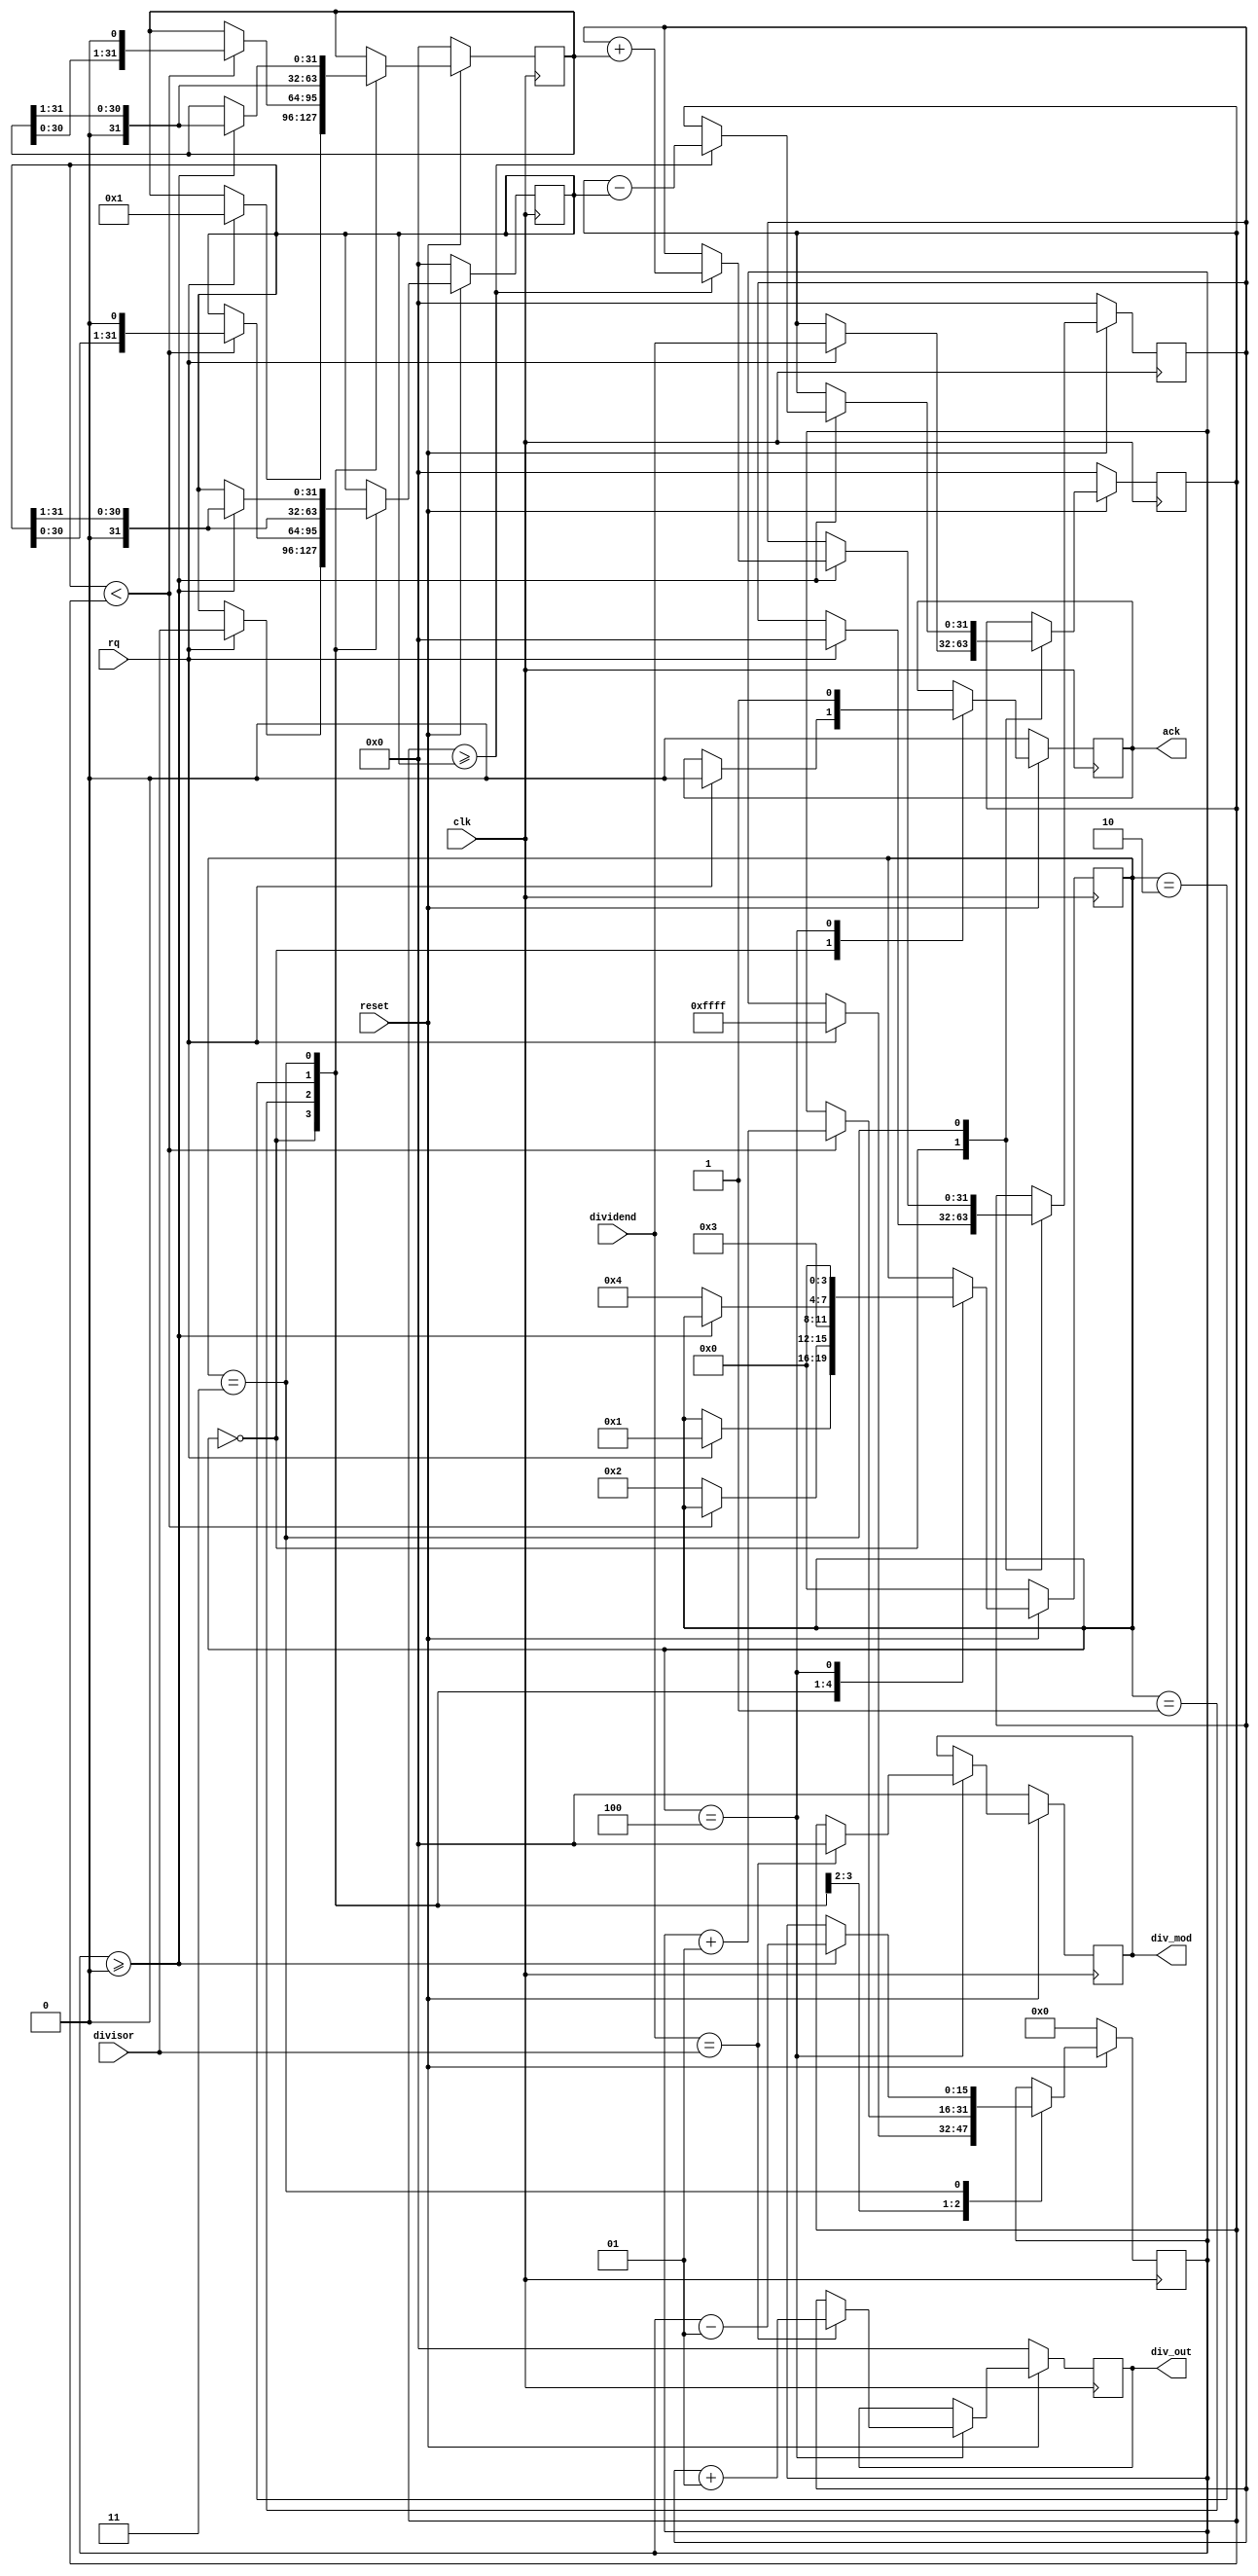
module idivmodhw(input clk,
                 input         reset,

                 input         rq,
                 
                 input [31:0]  dividend,
                 input [31:0]  divisor,

                 output [31:0] div_out,
                 output [31:0] div_mod,
                 output        ack);
   
   reg [31:0]                  div_mod;
   reg [31:0]                  div_out;
   reg                         ack;


   reg signed [31:0]           ndividend;
   reg signed [31:0]           ndivisor;
   reg signed [31:0]           nq;
   
   reg signed [31:0]           nbit;
   reg signed [15:0]           np;

   reg [3:0]                   state;
   
   parameter S_IDLE = 0;
   parameter S_LOOP0 = 1;
   parameter S_POSTLOOP0 = 2;
   parameter S_LOOP1 = 3;
   parameter S_POSTLOOP1 = 4;
   
   always @(posedge clk)
     if(!reset) begin
        ack <= 0;
        div_out <= 0;
        div_mod <= 0;
        ndividend <= 0;
        ndivisor <= 0;
        nbit <= 0;
        state <= S_IDLE;
        nq <= 0;
        np <= 0;
     end else begin // if (!reset)
        case(state)
          S_IDLE: if (rq) begin
             nq <= 0;
             np <= 32'hffffffff;
             ndividend <= dividend;
             ndivisor <= divisor;
             nbit <= 1;
             state <= S_LOOP0;
             ack <= 0;
          end
          S_LOOP0: if (ndivisor < ndividend) begin
             ndivisor <= ndivisor << 1;
             np <= np + 1;
             nbit <= nbit << 1;
          end else state <= S_POSTLOOP0;
          S_POSTLOOP0: begin
             nbit <= nbit >> 1;
             ndivisor <= ndivisor >> 1;
             state <= S_LOOP1;
          end
          S_LOOP1: if (np >= 0) begin
             if (ndividend >= ndivisor) begin
                nq <= nq + nbit;
                ndividend <= ndividend - ndivisor;
             end
             ndivisor <= ndivisor >> 1;
             np <= np - 1;
             nbit <= nbit >> 1;
          end else state <= S_POSTLOOP1;
          S_POSTLOOP1: begin
             if (dividend == divisor) begin
                div_out <= nq + 1;
                div_mod <= 0;
             end else begin
                div_out <= nq;
                div_mod <= ndividend;
             end
             ack <= 1;
             state <= S_IDLE;
          end
        endcase
     end

   

endmodule